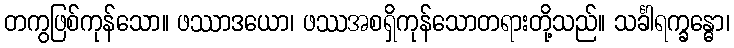
တကွဖြစ်ကုန်သော။ ဖဿာဒယော၊ ဖဿအစရှိကုန်သောတရားတို့သည်။ သင်္ခါရက္ခန္ဓော၊